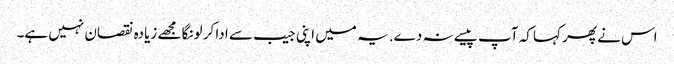
اس نے پھر کہا کہ آپ پیسے نہ دے. یہ میں اپنی جیب سے ادا کر لونگا مجھے زیادہ نقصان نہیں ہے۔